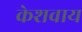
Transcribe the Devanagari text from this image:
केशवाय